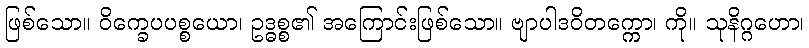
ဖြစ်သော။ ဝိက္ခေပပစ္စယော၊ ဥဒ္ဓစ္စ၏ အကြောင်းဖြစ်သော။ ဗျာပါဒဝိတက္ကော၊ ကို။ သုနိဂ္ဂဟော၊